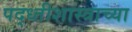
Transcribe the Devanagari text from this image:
पद्ध्तीशास्त्राच्या